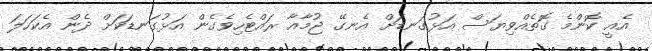
އެއީ ކޮންމެ ގޮތެއްވިޔަސް އަޅުގަނޑަށް އެނގޭ ޖުމާއާ ރައްޓެހިވެގެން އަޅުގަނޑަކަށް ދެން އެކަހަލަ